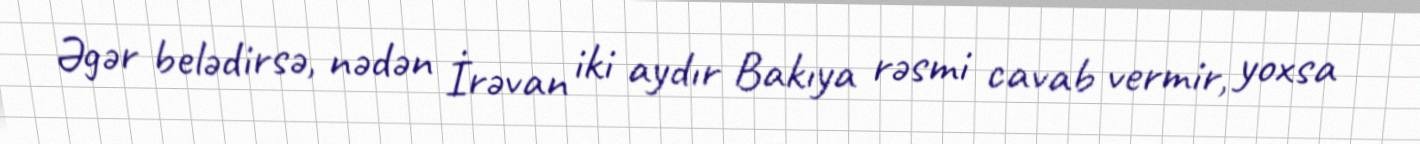
Əgər belədirsə, nədən İrəvan iki aydır Bakıya rəsmi cavab vermir, yoxsa